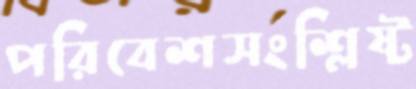
পরিবেশসংশ্লিষ্ট